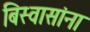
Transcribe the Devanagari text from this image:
बिस्वासांना